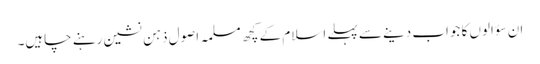
ان سؤالوں کا جواب دینے سے پہلے اسلام کے کچھ مسلمہ اصول ذہن نشین رہنے چاہیں۔